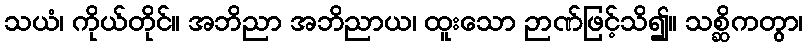
သယံ၊ ကိုယ်တိုင်။ အဘိညာ အဘိညာယ၊ ထူးသော ဉာဏ်ဖြင့်သိ၍။ သစ္ဆိကတွာ၊